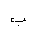
Letter: _ba